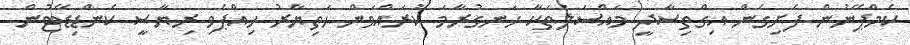
ކެމްޕޭނުން ފެށިގެން އިގްތިސާދީ މައްސަލަތަކާ ހަނގުރާމަ ކުރައްވަން ހަތިޔާރު ހިއްޕެވި ރިޔާސީ ކެންޑިޑޭޓުން